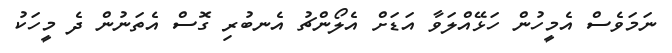
ނަމަވެސް އެމީހުން ހަޅޭއްލަވާ އަޑަށް އެލޯންޗު އެނބުރި ގޮސް އެތަނުން ދެ މީހަކު